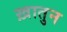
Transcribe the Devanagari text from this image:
ख़ातुन